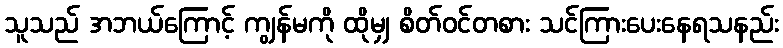
သူသည် အဘယ်ကြောင့် ကျွန်မကို ထိုမျှ စိတ်ဝင်တစား သင်ကြားပေးနေရသနည်း